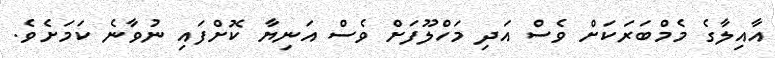
އާއިލާގެ މެމްބަރަކަށް ވެސް އަދި މަހްލޫފަށް ވެސް އަނިޔާ ކޮށްފައި ނުވާނެ ކަމަށެވެ.